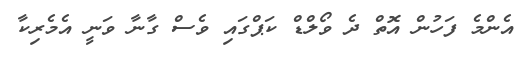
އެންމެ ފަހުން އޮތް ދެ ވޯލްޑް ކަޕްގައި ވެސް ގާނާ ވަނީ އެމެރިކާ